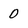
Character: 0